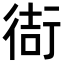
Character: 𫋮